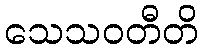
သေသဝတီတိ